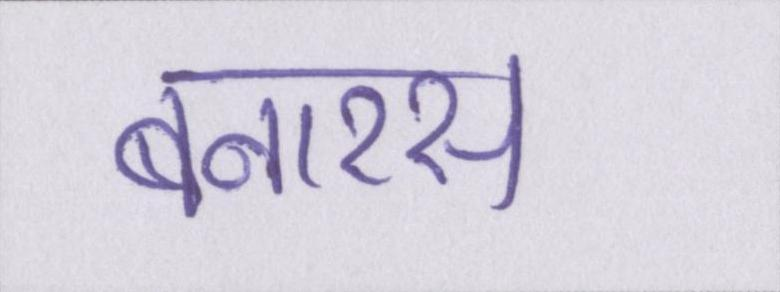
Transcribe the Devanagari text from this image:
बनारस